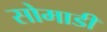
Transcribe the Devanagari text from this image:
सोमाडी